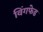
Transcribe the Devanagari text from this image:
विंगफेड